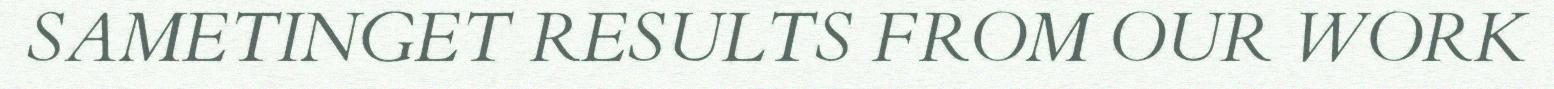
SAMETINGET RESULTS FROM OUR WORK